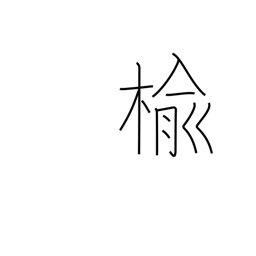
Meaning: elm